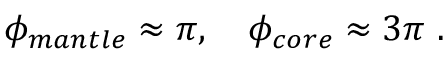
\phi _ { m a n t l e } \approx \pi , ~ ~ ~ \phi _ { c o r e } \approx 3 \pi ~ .